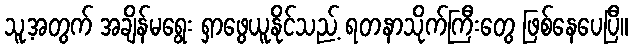
သူ့အတွက် အချိန်မရွေး ရှာဖွေယူနိုင်သည့် ရတနာသိုက်ကြီးတွေ ဖြစ်နေပေပြီ။